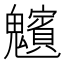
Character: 𩴸